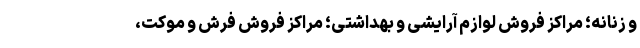
و زنانه؛ مراکز فروش لوازم آرایشی و بهداشتی؛ مراکز فروش فرش و موکت،